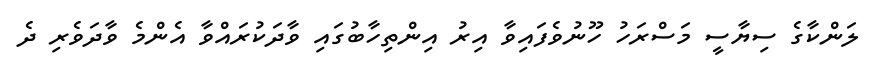
ލަންކާގެ ސިޔާސީ މަސްރަހު ހޫނުވެފައިވާ އިރު އިންތިހާބުގައި ވާދަކުރައްވާ އެންމެ ވާދަވެރި ދެ